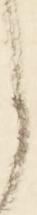
と